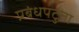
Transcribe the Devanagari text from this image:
प्रबंधपटुता